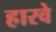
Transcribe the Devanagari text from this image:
हारवे